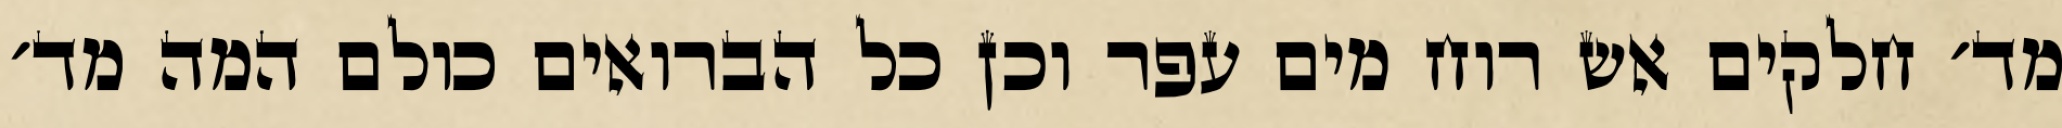
מד׳ חלקים אש רוח מים עפר וכן כל הברואים כולם המה מד׳